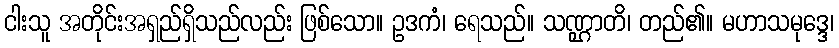
ငါးသူ အတိုင်းအရှည်ရှိသည်လည်း ဖြစ်သော။ ဥဒကံ၊ ရေသည်။ သဏ္ဌာတိ၊ တည်၏။ မဟာသမုဒ္ဒေ၊